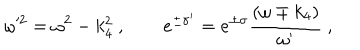
\omega ^ { 2 } = \omega ^ { 2 } - k _ { 4 } ^ { 2 } \ , \qquad e ^ { \pm \sigma ^ { \prime } } = e ^ { \pm \sigma } { \frac { ( \omega \mp k _ { 4 } ) } { \omega ^ { \prime } } } \ ,